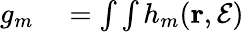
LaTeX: \begin{array}{rl}{g_{m}}&{{}=\int\int h_{m}(\mathbf{r},\mathcal{E})}\end{array}